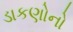
ડાકણોનો